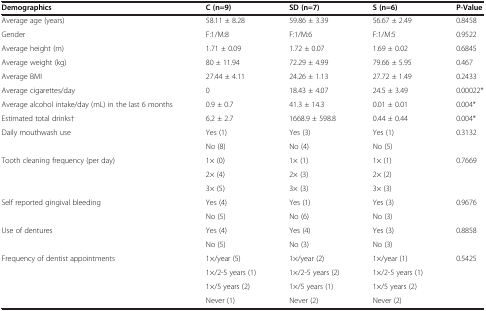
<table><thead><tr><td><b>Demographics</b></td><td><b>C (n=9)</b></td><td><b>SD (n=7)</b></td><td><b>S (n=6)</b></td><td><b>P-Value</b></td></tr></thead><tbody><tr><td>Average age (years)</td><td>58.11 ± 8.28</td><td>59.86 ± 3.39</td><td>56.67 ± 2.49</td><td>0.8458</td></tr><tr><td>Gender</td><td>F:1/M:8</td><td>F:1/M:6</td><td>F:1/M:5</td><td>0.9522</td></tr><tr><td>Average height (m)</td><td>1.71 ± 0.09</td><td>1.72 ± 0.07</td><td>1.69 ± 0.02</td><td>0.6845</td></tr><tr><td>Average weight (kg)</td><td>80 ± 11.94</td><td>72.29 ± 4.99</td><td>79.66 ± 5.95</td><td>0.467</td></tr><tr><td>Average BMI</td><td>27.44 ± 4.11</td><td>24.26 ± 1.13</td><td>27.72 ± 1.49</td><td>0.2433</td></tr><tr><td>Average cigarettes/day</td><td>0</td><td>18.43 ± 4.07</td><td>24.5 ± 3.49</td><td>0.00022*</td></tr><tr><td>Average alcohol intake/day (mL) in the last 6 months</td><td>0.9 ± 0.7</td><td>41.3 ± 14.3</td><td>0.01 ± 0.01</td><td>0.004*</td></tr><tr><td>Estimated total drinks†</td><td>6.2 ± 2.7</td><td>1668.9 ± 598.8</td><td>0.44 ± 0.44</td><td>0.004*</td></tr><tr><td rowspan="2">Daily mouthwash use</td><td>Yes (1)</td><td>Yes (3)</td><td>Yes (1)</td><td rowspan="2">0.3132</td></tr><tr><td>No (8)</td><td>No (4)</td><td>No (5)</td></tr><tr><td rowspan="3">Tooth cleaning frequency (per day)</td><td>1× (0)</td><td>1× (1)</td><td>1× (1)</td><td rowspan="3">0.7669</td></tr><tr><td>2× (4)</td><td>2× (3)</td><td>2× (2)</td></tr><tr><td>3× (5)</td><td>3× (3)</td><td>3× (3)</td></tr><tr><td rowspan="2">Self reported gingival bleeding</td><td>Yes (4)</td><td>Yes (1)</td><td>Yes (3)</td><td rowspan="2">0.9676</td></tr><tr><td>No (5)</td><td>No (6)</td><td>No (3)</td></tr><tr><td rowspan="2">Use of dentures</td><td>Yes (4)</td><td>Yes (4)</td><td>Yes (3)</td><td rowspan="2">0.8858</td></tr><tr><td>No (5)</td><td>No (3)</td><td>No (3)</td></tr><tr><td rowspan="4">Frequency of dentist appointments</td><td>1×/year (5)</td><td>1×/year (2)</td><td>1×/year (1)</td><td rowspan="4">0.5425</td></tr><tr><td>1×/2-5 years (1)</td><td>1×/2-5 years (2)</td><td>1×/2-5 years (1)</td></tr><tr><td>1×/5 years (2)</td><td>1×/5 years (1)</td><td>1×/5 years (2)</td></tr><tr><td>Never (1)</td><td>Never (2)</td><td>Never (2)</td></tr></tbody></table>